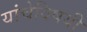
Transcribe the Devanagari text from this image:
यांचेविषयी